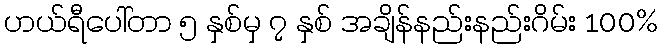
ဟယ်ရီပေါ်တာ ၅ နှစ်မှ ၇ နှစ် အချိန်နည်းနည်းဂိမ်း 100%